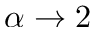
\alpha \rightarrow 2